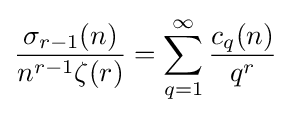
{\frac {\sigma _{r-1}(n)}{n^{r-1}\zeta (r)}}=\sum _{q=1}^{\infty }{\frac {c_{q}(n)}{q^{r}}}